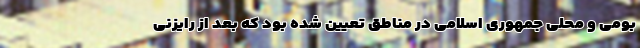
بومی و محلی جمهوری اسلامی در مناطق تعیین شده بود که بعد از رایزنی